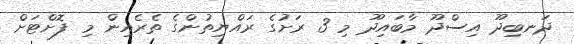
ދަނބިދޫ އިސްދޫ މާބައިދޫ މި 3 ރަށުގެ ރައްޔިތުންގެ ތެރެއިން މި ފޮށްޓަށް